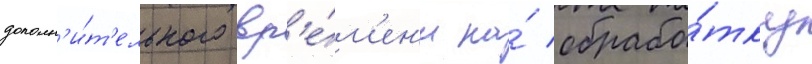
дополн'и́т'ельного вр'е́м'ен'и на́ обрабо́тку